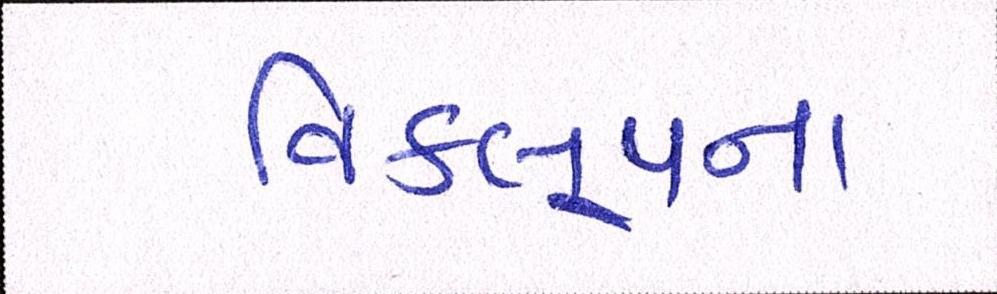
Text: વિકલ્પના